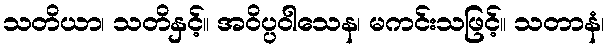
သတိယာ၊ သတိနှင့်။ အဝိပ္ပဝါသေန၊ မကင်းသဖြင့်။ သတာနံ၊